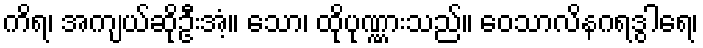
ကိရ၊ အကျယ်ဆိုဦးအံ့။ သော၊ ထိုပုဏ္ဏားသည်။ ဝေသာလိနဂရဒွါရေ၊